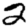
Digit: 2